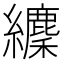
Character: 𦇘